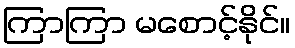
ကြာကြာ မစောင့်နိုင်။